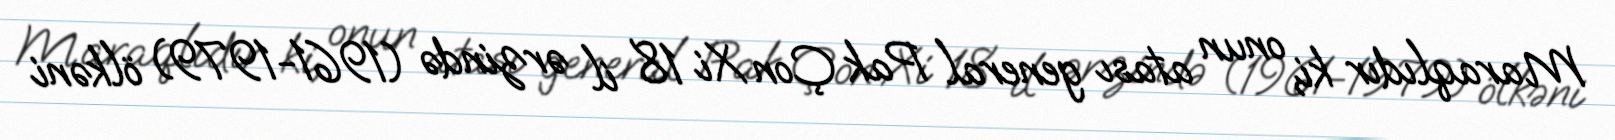
Maraqlıdır ki, onun atası general Pak Çon Xi 18 il ərzində (1961-1979) ölkəni